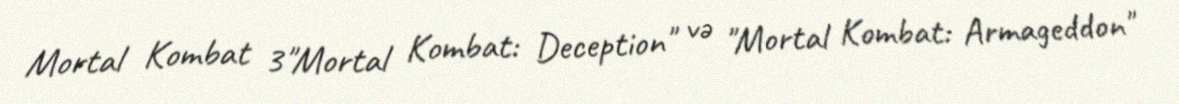
Mortal Kombat 3"Mortal Kombat: Deception" və "Mortal Kombat: Armageddon"